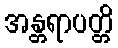
အန္တရာပတ္တိ